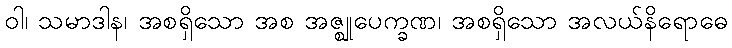
ဝါ၊ သမာဒါန၊ အစရှိသော အစ အဇ္ဈုပေက္ခဏ၊ အစရှိသော အလယ်နိရောဓေ